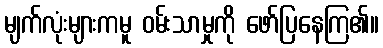
မျက်လုံးများကမူ ဝမ်းသာမှုကို ဖော်ပြနေကြ၏။